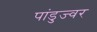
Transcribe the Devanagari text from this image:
पांडुज्वर